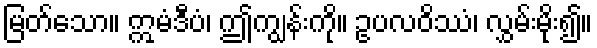
မြတ်သော။ ဣမံဒီပံ၊ ဤကျွန်းကို။ ဥပလဝိဿံ၊ လွှမ်းမိုး၍။